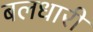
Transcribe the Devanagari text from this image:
बलधारी